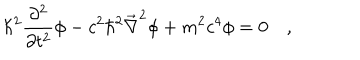
\hbar ^ { 2 } \frac { \partial ^ { 2 } } { \partial t ^ { 2 } } \phi - c ^ { 2 } \hbar ^ { 2 } \vec { \nabla } ^ { 2 } \phi + m ^ { 2 } c ^ { 4 } \phi = 0 \quad ,